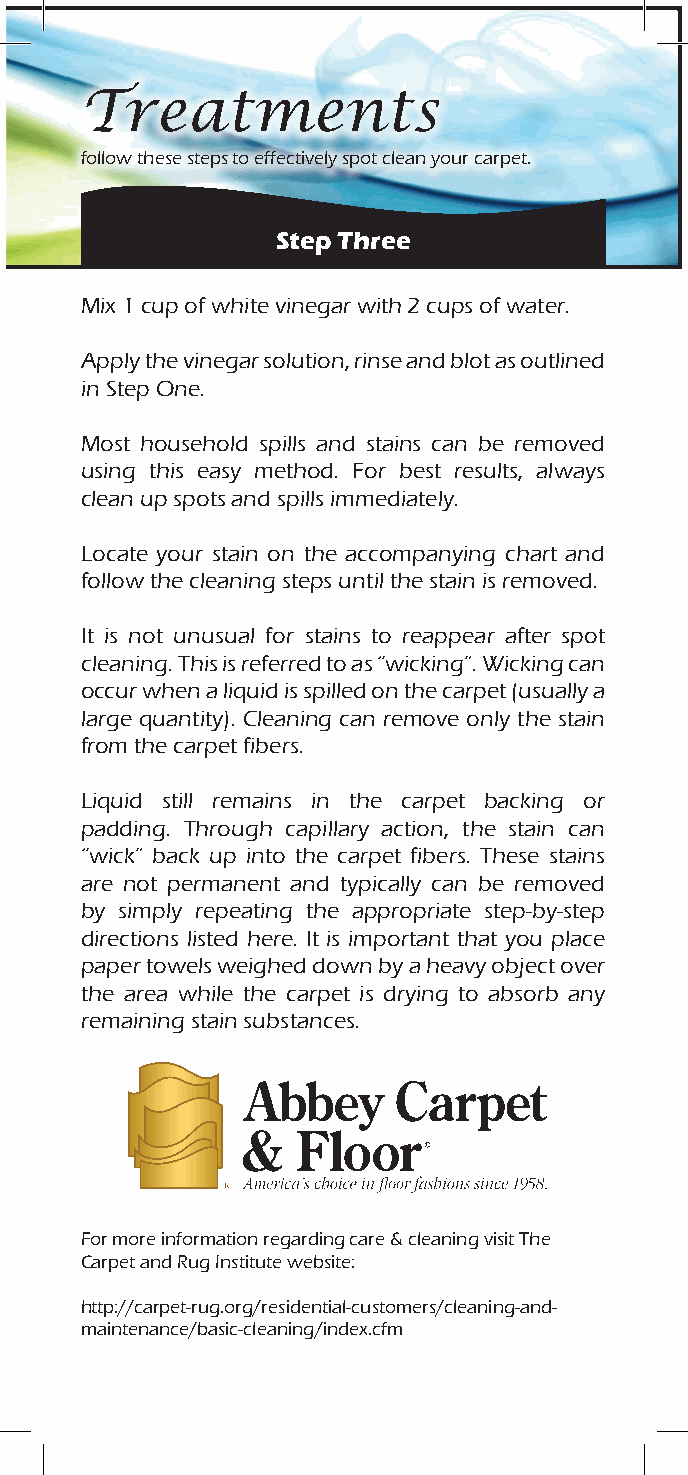
Treatments
 follow these steps to effectively spot clean your carpet.
 Step Three
 Mix 1 cup of white vinegar with 2 cups of water.
 Apply the vinegar solution, rinse and blot as outlined
 in Step One.
 Most household spills and stains can be removed
 using this easy method. For best results, always
 clean up spots and spills immediately.
 Locate your stain on the accompanying chart and
 follow the cleaning steps until the stain is removed.
 It is not unusual for stains to reappear after spot
 cleaning. This is referred to as “wicking”. Wicking can
 occur when a liquid is spilled on the carpet (usually a
 large quantity). Cleaning can remove only the stain
 from the carpet fibers.
 Liquid still remains in the carpet backing or
 padding. Through capillary action, the stain can
 “wick” back up into the carpet fibers. These stains
 are not permanent and typically can be removed
 by simply repeating the appropriate step-by-step
 directions listed here. It is important that you place
 paper towels weighed down by a heavy object over
 the area while the carpet is drying to absorb any
 remaining stain substances.
 For more information regarding care & cleaning visit The
 Carpet and Rug Institute website:
 http://carpet-rug.org/residential-customers/cleaning-and-
 maintenance/basic-cleaning/index.cfm